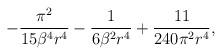
LaTeX: \begin{align*}-\frac{\pi^2}{15\beta^4r^4}-\frac{1}{6\beta^2r^4}+\frac{11}{240\pi^2r^4},\end{align*}